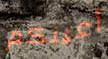
أعينكم